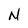
Character: N